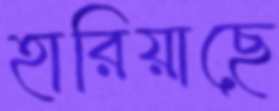
হারিয়াছে